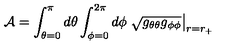
{ \cal A } = \int _ { \theta = 0 } ^ { \pi } d \theta \int _ { \phi = 0 } ^ { 2 \pi } d \phi \left. \sqrt { g _ { \theta \theta } g _ { \phi \phi } } \right| _ { r = r _ { + } }